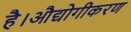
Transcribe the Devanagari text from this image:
है।औद्योगीकरण